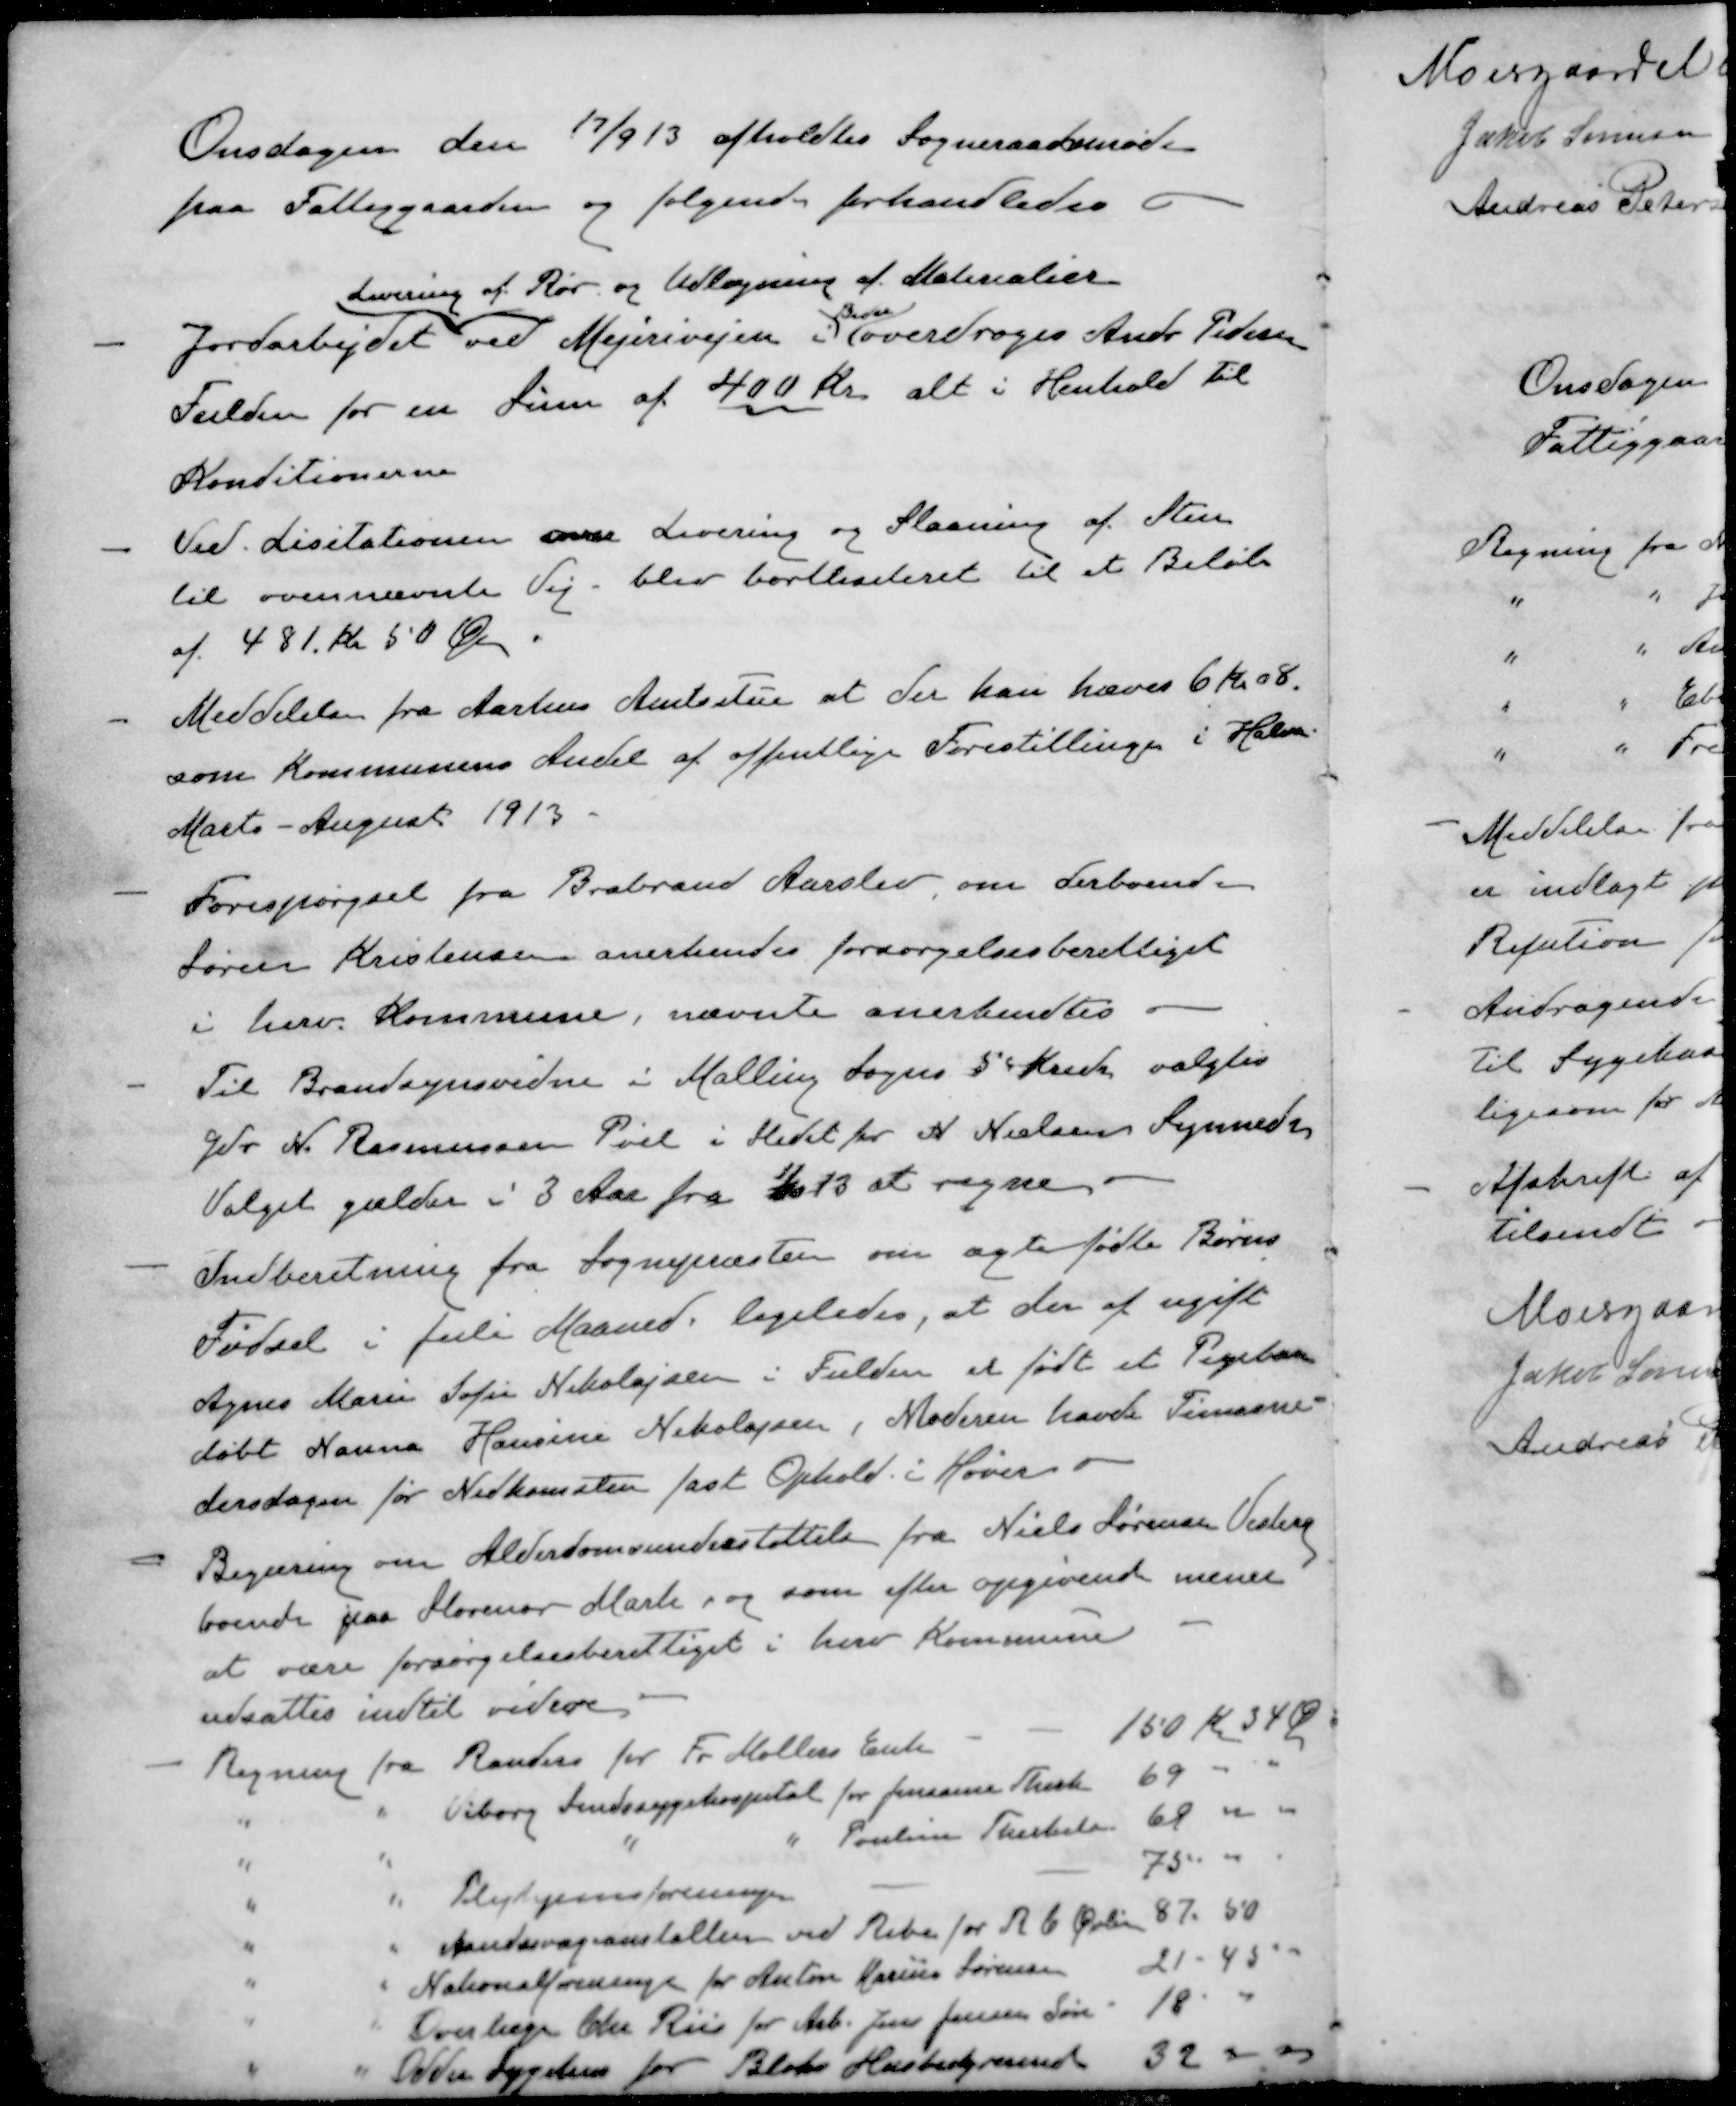
Transskription:
Onsdagen den 17/9 13 afholdtes Sogneraadsmøde
paa Fattiggaarden og følgende forhandledes
Levering af Rør og Udlægning af Materialier
Beder
- Jordarbejdet ved Mejerivejen overdroges Andr Pedersen
Fulden for en Sum af 400 Kr alt i Henhold til
Konditionerne
- Ved Lisitationen over Levering og Slaaning af Sten
til ovennævnte Vej- blev bortlisiteret til et Beløb
af 481 Kr 50 Øre.
- Meddelelse fra Aarhus Amtsstue at der han hæves 6 Kr. 08.
som Kommunens Andel af offentlige Forestillingen i Halvaa
Marts - August 1913.
- Forespørgsel fra Brabrand Aarslev om derboende
Søren Kristensen anerkendes forsørgelsesberettiget
i herv. Kommune, nævnte anerkendtes
- Til Brandsynsvidne i Malling Sogns 5 Kreds valgtes
Gdr N. Rasmussen Pøel i Stedet for N Nielsens Synnedr
Valget gælder i 3 Aar fra 1/10 13 at regne
- Indberetning fra Sognepræsten om ægtefødte Børns
Fødsel i Juli Maaned, ligeledes, at der af ugift
Agnes Marie Sofie Nikolajsen i Fulden et født et Pigebarn
døbt Hanna Hansine Nikolajsen, Moderen havde Timaane
dersdagen for Nedkomsten fast Ophold i Høver
- Begæring om Alderdomsunderstøttelse fra Niels Sørensen Vesterg
boende paa Storenor Mark, og som efter opgivende mener
at være forsørgelsesberettiget i herv Kommune
udsattes indtil videre
- Regning fra Randers for Fr Møllers Enke - - 150 Kr 34 Ø
" " Viborg Sindssygehospital for Jensine Therk 69
" " " " Pouline Therkel 68
" "  Plejehjemsforeningen - - 75.
" " Aandssvageanstalten ved Ribe for R C Øvli 87.50
" " Nationalforeningen for Anton Marius Sørensen 21 - 45
" " Overlæge Chr. Riis for Arb. Jens Jensen Søn 18
" " Odder Sygehus for Blocks Husbestyrerinde 32